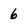
Character: 6